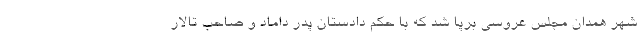
شهر همدان مجلس عروسی برپا شد که با حکم دادستان پدر داماد و صاحب تالار